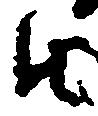
由